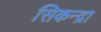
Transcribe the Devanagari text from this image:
सिकन्द्रा